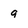
Character: 9